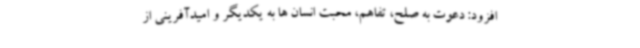
افزود: دعوت به صلح، تفاهم، محبت انسان ها به یکدیگر و امیدآفرینی از